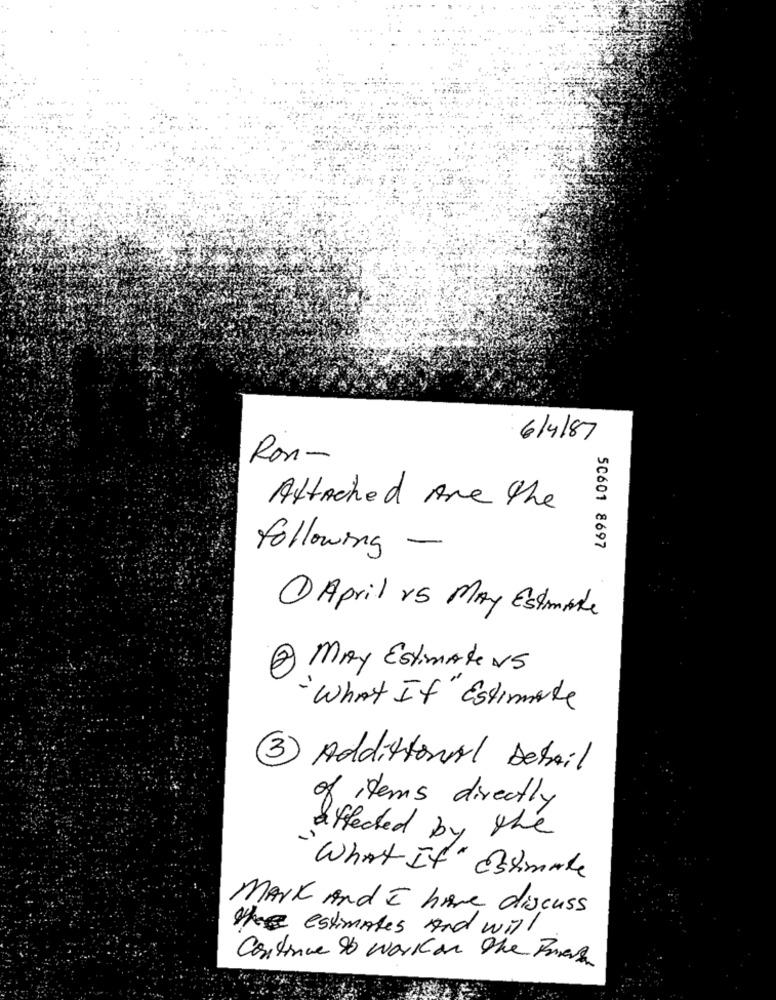
6/4/87
Ron-
Attached Are the
following -
50601 8697
1 April rs May Estimate
2 May Estimater5
-What If"Estimate
3 Additional Detail
of items directly
affected by the
"What It " estimate
Mark And I have discuss
the estimates And will
Continue to workon the Pres